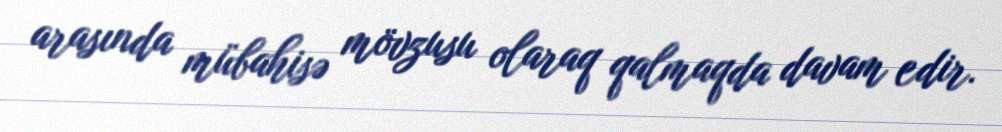
arasında mübahisə mövzusu olaraq qalmaqda davam edir.